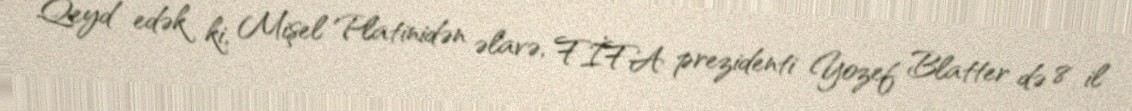
Qeyd edək ki, Mişel Platinidən əlavə, FİFA prezidenti Yozef Blatter də 8 il